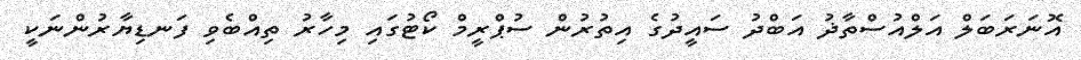
އޮނަރަބަލް އަލްއުސްތާޛު އަބްދު ސައީދުގެ އިތުރުން ސުޕްރީމް ކޯޓުގައި މިހާރު ތިއްބެވި ފަނޑިޔާރުންނަކީ